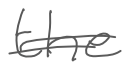
Text: the
Cross-out: double-line
Writing tool: digital_gray